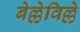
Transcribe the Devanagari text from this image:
बेल्लेविल्ले